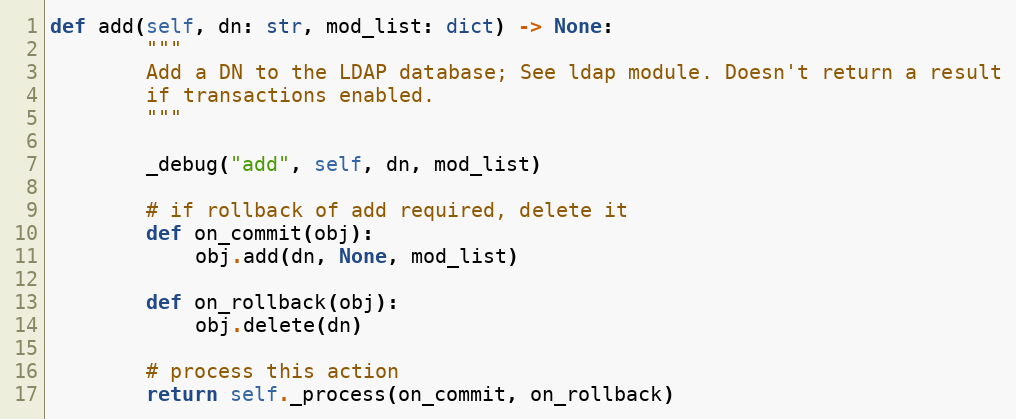
Language: Python
def add(self, dn: str, mod_list: dict) -> None:
        """
        Add a DN to the LDAP database; See ldap module. Doesn't return a result
        if transactions enabled.
        """

        _debug("add", self, dn, mod_list)

        # if rollback of add required, delete it
        def on_commit(obj):
            obj.add(dn, None, mod_list)

        def on_rollback(obj):
            obj.delete(dn)

        # process this action
        return self._process(on_commit, on_rollback)